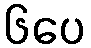
၆ပေ